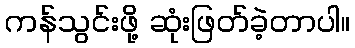
ကန်သွင်းဖို့ ဆုံးဖြတ်ခဲ့တာပါ။